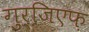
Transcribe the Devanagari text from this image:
गुर्जि़एफ़